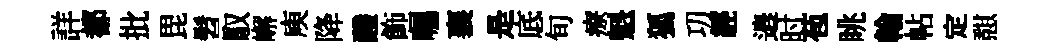
詳都批毘髫馭嶰庾降醱飾囑襄是底旬療魁狐㓛經邉时苞眺翰帖定憇